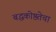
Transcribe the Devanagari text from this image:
बद्धकोष्ठतेचा